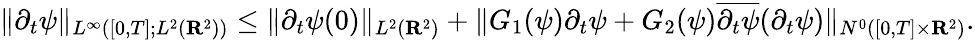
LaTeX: \| \partial_{t}\psi\| _{L^{\infty}([0,T];L^{2}({\mathbf R}^{2}))}\leq\| \partial_{t}\psi(0)\| _{L^{2}({\mathbf R}^{2})}+\| G_{1}(\psi)\partial_{t}\psi+G_{2}(\psi)\overline{{\partial_{t}\psi}}(\partial_{t}\psi)\| _{N^{0}([0,T]\times{\mathbf R}^{2})}.